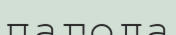
пагода